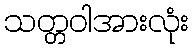
သတ္တဝါအားလုံး